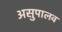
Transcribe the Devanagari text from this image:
असुपालव